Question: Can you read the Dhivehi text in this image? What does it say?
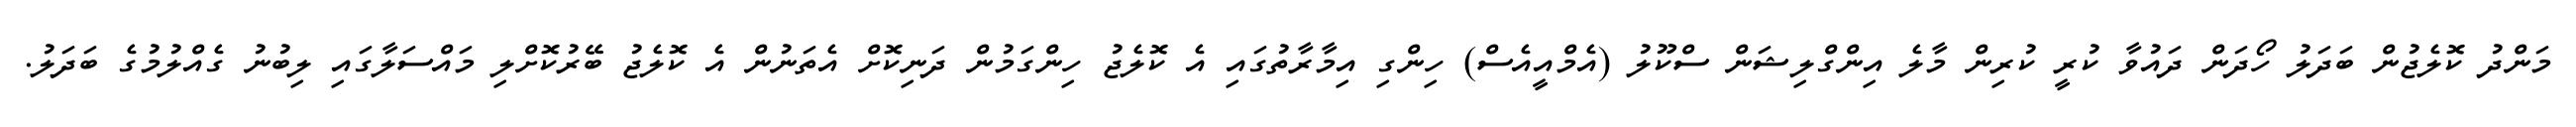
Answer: މަންދު ކޮލެޖުން ބަދަލު ހޯދަން ދައުވާ ކުރީ ކުރިން މާލެ އިންގްލިޝަން ސްކޫލު (އެމްއީއެސް) ހިންގި އިމާރާތުގައި އެ ކޮލެޖު ހިންގަމުން ދަނިކޮށް އެތަނުން އެ ކޮލެޖު ބޭރުކޮށްލި މައްސަލާގައި ލިބުނު ގެއްލުމުގެ ބަދަލު.